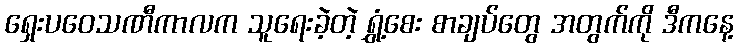
ရှေးပဝေသဏီကာလက သူရေးခဲ့တဲ့ ရွှံ့စေး စာချပ်တွေ အတွက်ကို ဒီကနေ့